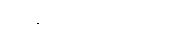
ကျွန်ုပ်ယုံကြည်ပါသည်